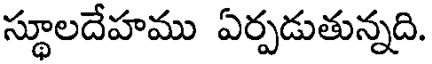
స్థూలదేహము ఏర్పడుతున్నది.